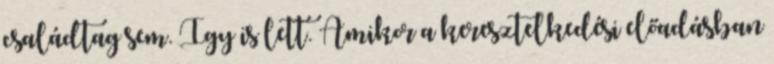
családtag sem. Így is lett. Amikor a keresztelkedési előadásban